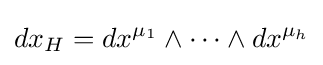
dx_{H}=dx^{\mu _{1}}\wedge \cdots \wedge dx^{\mu _{h}}